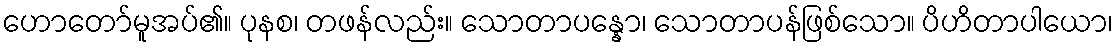
ဟောတော်မူအပ်၏။ ပုနစ၊ တဖန်လည်း။ သောတာပန္နော၊ သောတာပန်ဖြစ်သော။ ပိဟိတာပါယော၊